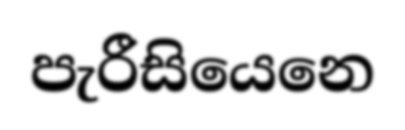
පැරීසියෙනෙ